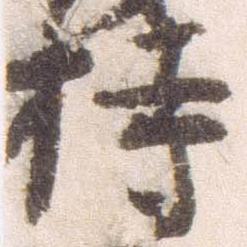
持